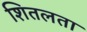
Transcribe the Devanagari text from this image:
शितलता